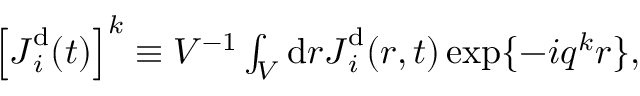
\begin{array} { r } { \left[ \boldsymbol { J } _ { i } ^ { \mathrm { d } } ( t ) \right] ^ { k } \equiv V ^ { - 1 } \int _ { V } \mathrm { d } \boldsymbol { r } { { \boldsymbol { J } } } _ { i } ^ { \mathrm { d } } ( { \boldsymbol { r } } , t ) \, \mathrm { e x p } \{ - i \boldsymbol { q } ^ { k } \boldsymbol { r } \} , } \end{array}